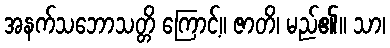
အနက်သဘောသတ္တိ ကြောင့်။ ဇာတိ၊ မည်၏။ သာ၊